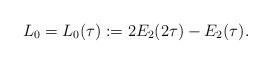
LaTeX: \begin{align*}L_0=L_0(\tau):=2E_2(2\tau)-E_2(\tau).\end{align*}